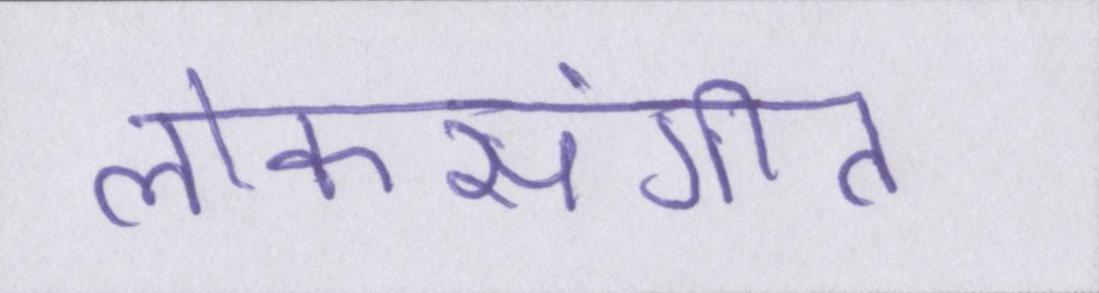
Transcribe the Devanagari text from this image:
लोकसंगीत